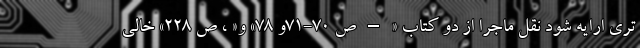
تری ارایه شود نقل ماجرا از دو کتاب « – ص ۷۰-۷۱و ۷۸» و« ، ص ۲۲۸» خالی